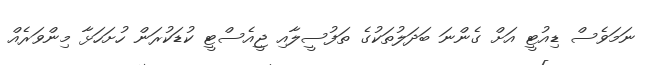
ނަމަވެސް ޑިއުޓީ އަށް ގެންނަ ބަދަލުތަކުގެ ތަފުސީލާއި ޖީއެސްޓީ ކުޑަކުރަން ހުށަހަޅާ މިންވަރެއް